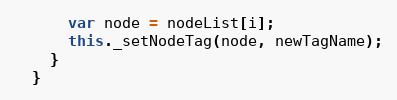
Language: JavaScript
      var node = nodeList[i];
      this._setNodeTag(node, newTagName);
    }
  }